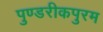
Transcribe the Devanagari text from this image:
पुण्डरीकपुरम